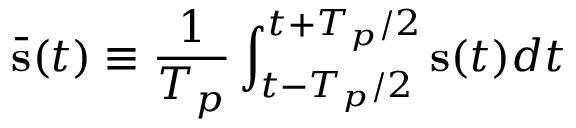
\bar { \bf s } ( t ) \equiv \frac { 1 } { T _ { p } } \int _ { t - T _ { p } / 2 } ^ { t + T _ { p } / 2 } { \bf s } ( t ) d t